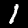
Label: 1